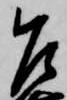
乍